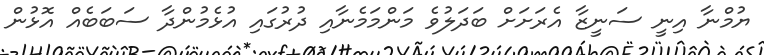
ޔުމްނާ އިނީ ސަނީޒާ އެރަށަށް ބަދަލުވެ މަންމަމެނާއި ދުރުގައި އުޅެމުންދާ ސަބަބެއް އޮޅުން